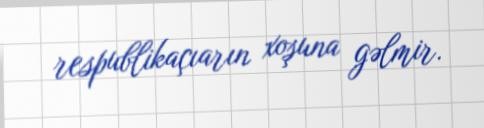
respublikaçıarın xoşuna gəlmir.